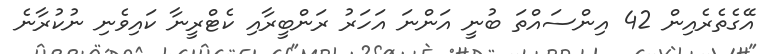
އޭގެތެރެއިން 42 އިންސައްތަ ބުނީ އަންނަ އަހަރު ރަންބީރާއި ކެޓްރީނާ ކައިވެނި ނުކުރާނެ